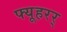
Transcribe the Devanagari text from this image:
फ्यूहरर्